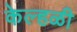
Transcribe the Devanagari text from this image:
केल्हळी